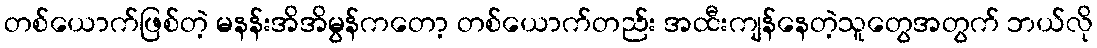
တစ်ယောက်ဖြစ်တဲ့ မနန်းအိအိမွန်ကတော့ တစ်ယောက်တည်း အထီးကျန်နေတဲ့သူတွေအတွက် ဘယ်လို